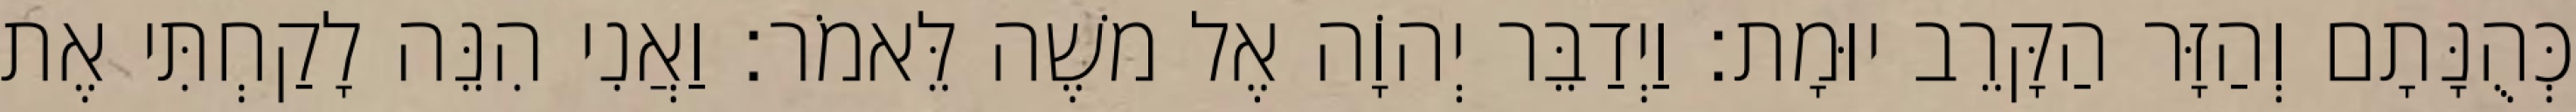
כְּהֻנָּתָם וְהַזָּר הַקָּרֵב יוּמָת׃ וַיְדַבֵּר יְהוָֹה אֶל משֶׁה לֵּאמֹר׃ וַאֲנִי הִנֵּה לָקַחְתִּי אֶת